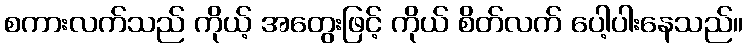
စကားလက်သည် ကိုယ့် အတွေးဖြင့် ကိုယ် စိတ်လက် ပေါ့ပါးနေသည်။